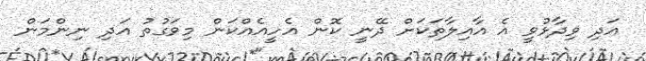
އަދި ވިދާޅުވީ އެ އާއިލާތަކަށް ދޭނީ ކޮން އެހީއެއްކަން މިވަގުތު އަދި ނިންމަން